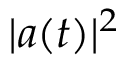
| a ( t ) | ^ { 2 }